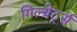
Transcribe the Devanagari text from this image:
गिल्बेर्ट्स